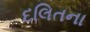
દલિતના